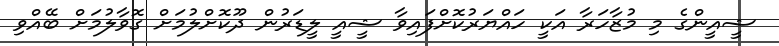
ޝީއީންގެ މި މުޒާހަރާ އަކީ ހައްޔަރުކޮށްފައިވާ ޝީއީ ލީޑަރުން ދޫކޮށްލުމަށް ގޮވާލުމަށް ބޭއްވި